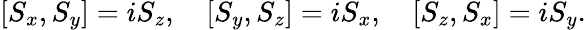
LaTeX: [S_{x},S_{y}]=iS_{z},\quad[S_{y},S_{z}]=iS_{x},\quad[S_{z},S_{x}]=iS_{y}.